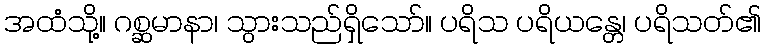
အထံသို့။ ဂစ္ဆမာနာ၊ သွားသည်ရှိသော်။ ပရိသ ပရိယန္တေ၊ ပရိသတ်၏